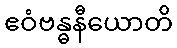
ဧဝံဗန္ဓနီယောတိ